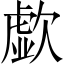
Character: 歔